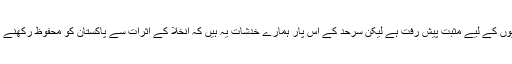
انخلاء سے ایک مثبت پیغام جاتا ہے اور (طالبان) سے بات چیت شروع کرنا بھی افغانیوں کے لیے مثبت پیش رفت ہے لیکن سرحد کے اس پار ہمارے خدشات یہ ہیں کہ انخلا کے اثرات سے پاکستان کو محفوظ رکھنے کے لیے امریکہ کیا کرے گا کیوں کہ ہم پہلے ہی مشکل صورت حال سے دوچار ہیں ۔